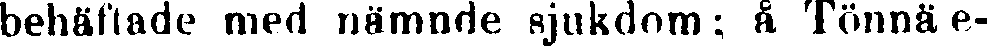
behäftade med nämnde sjukdom: å Tönnä e-